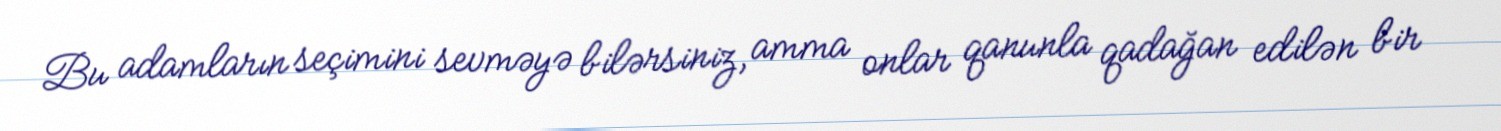
Bu adamların seçimini sevməyə bilərsiniz, amma onlar qanunla qadağan edilən bir